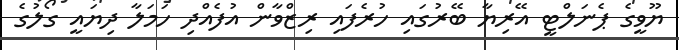
ޔޫވީގެ ޕެނަލްޓީ އޭރިޔާ ބޭރުގައި ހުރެފައި ރިޒްވާން އުފެއްދި ހަމަލާ ދިޔައީ ގޯލުގެ